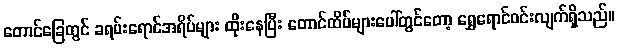
တောင်ခြေတွင် ခရမ်းရောင်အရိပ်များ ထိုးနေပြီး တောင်ထိပ်များပေါ်တွင်တော့ ရွှေရောင်ဝင်းလျက်ရှိသည်။